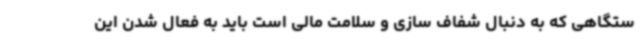
ستگاهی که به دنبال شفاف سازی و سلامت مالی است باید به فعال شدن این